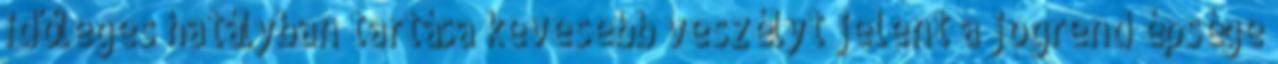
időleges hatályban tartása kevesebb veszélyt jelent a jogrend épsége